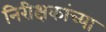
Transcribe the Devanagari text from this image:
निरीक्षकांच्या